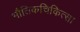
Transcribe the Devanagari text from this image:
भौतिकचिकित्सा